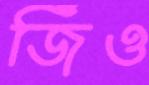
জিঁও